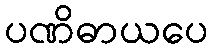
ပဏိဓာယပေ